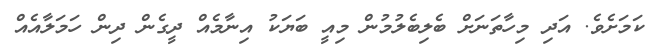
ކަމަށެވެ. އަދި މިހާތަނަށް ބެލިބެލުމުން މިއީ ބަޔަކު އިނާމެއް ދީގެން ދިިން ހަމަލާއެއް